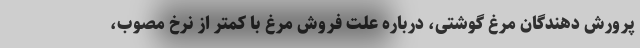
پرورش دهندگان مرغ گوشتی، درباره علت فروش مرغ با کمتر از نرخ مصوب،